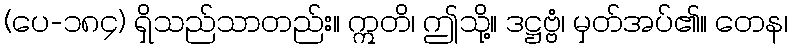
(ပေ-၁၈၄) ရှိသည်သာတည်း။ ဣတိ၊ ဤသို့။ ဒဋ္ဌဗ္ဗံ၊ မှတ်အပ်၏။ တေန၊